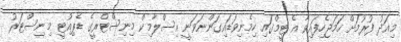
މިއަދު ފުރުމަށް ހަމަޖެހިފައިވާ އެ ޓީމްގައި ހިމެނިވަޑައިގަންނަވަނީ އިސްލާމިކް މިނިސްޓްރީގެ ޑެޕިއުޓީ މިނިސްޓަރު